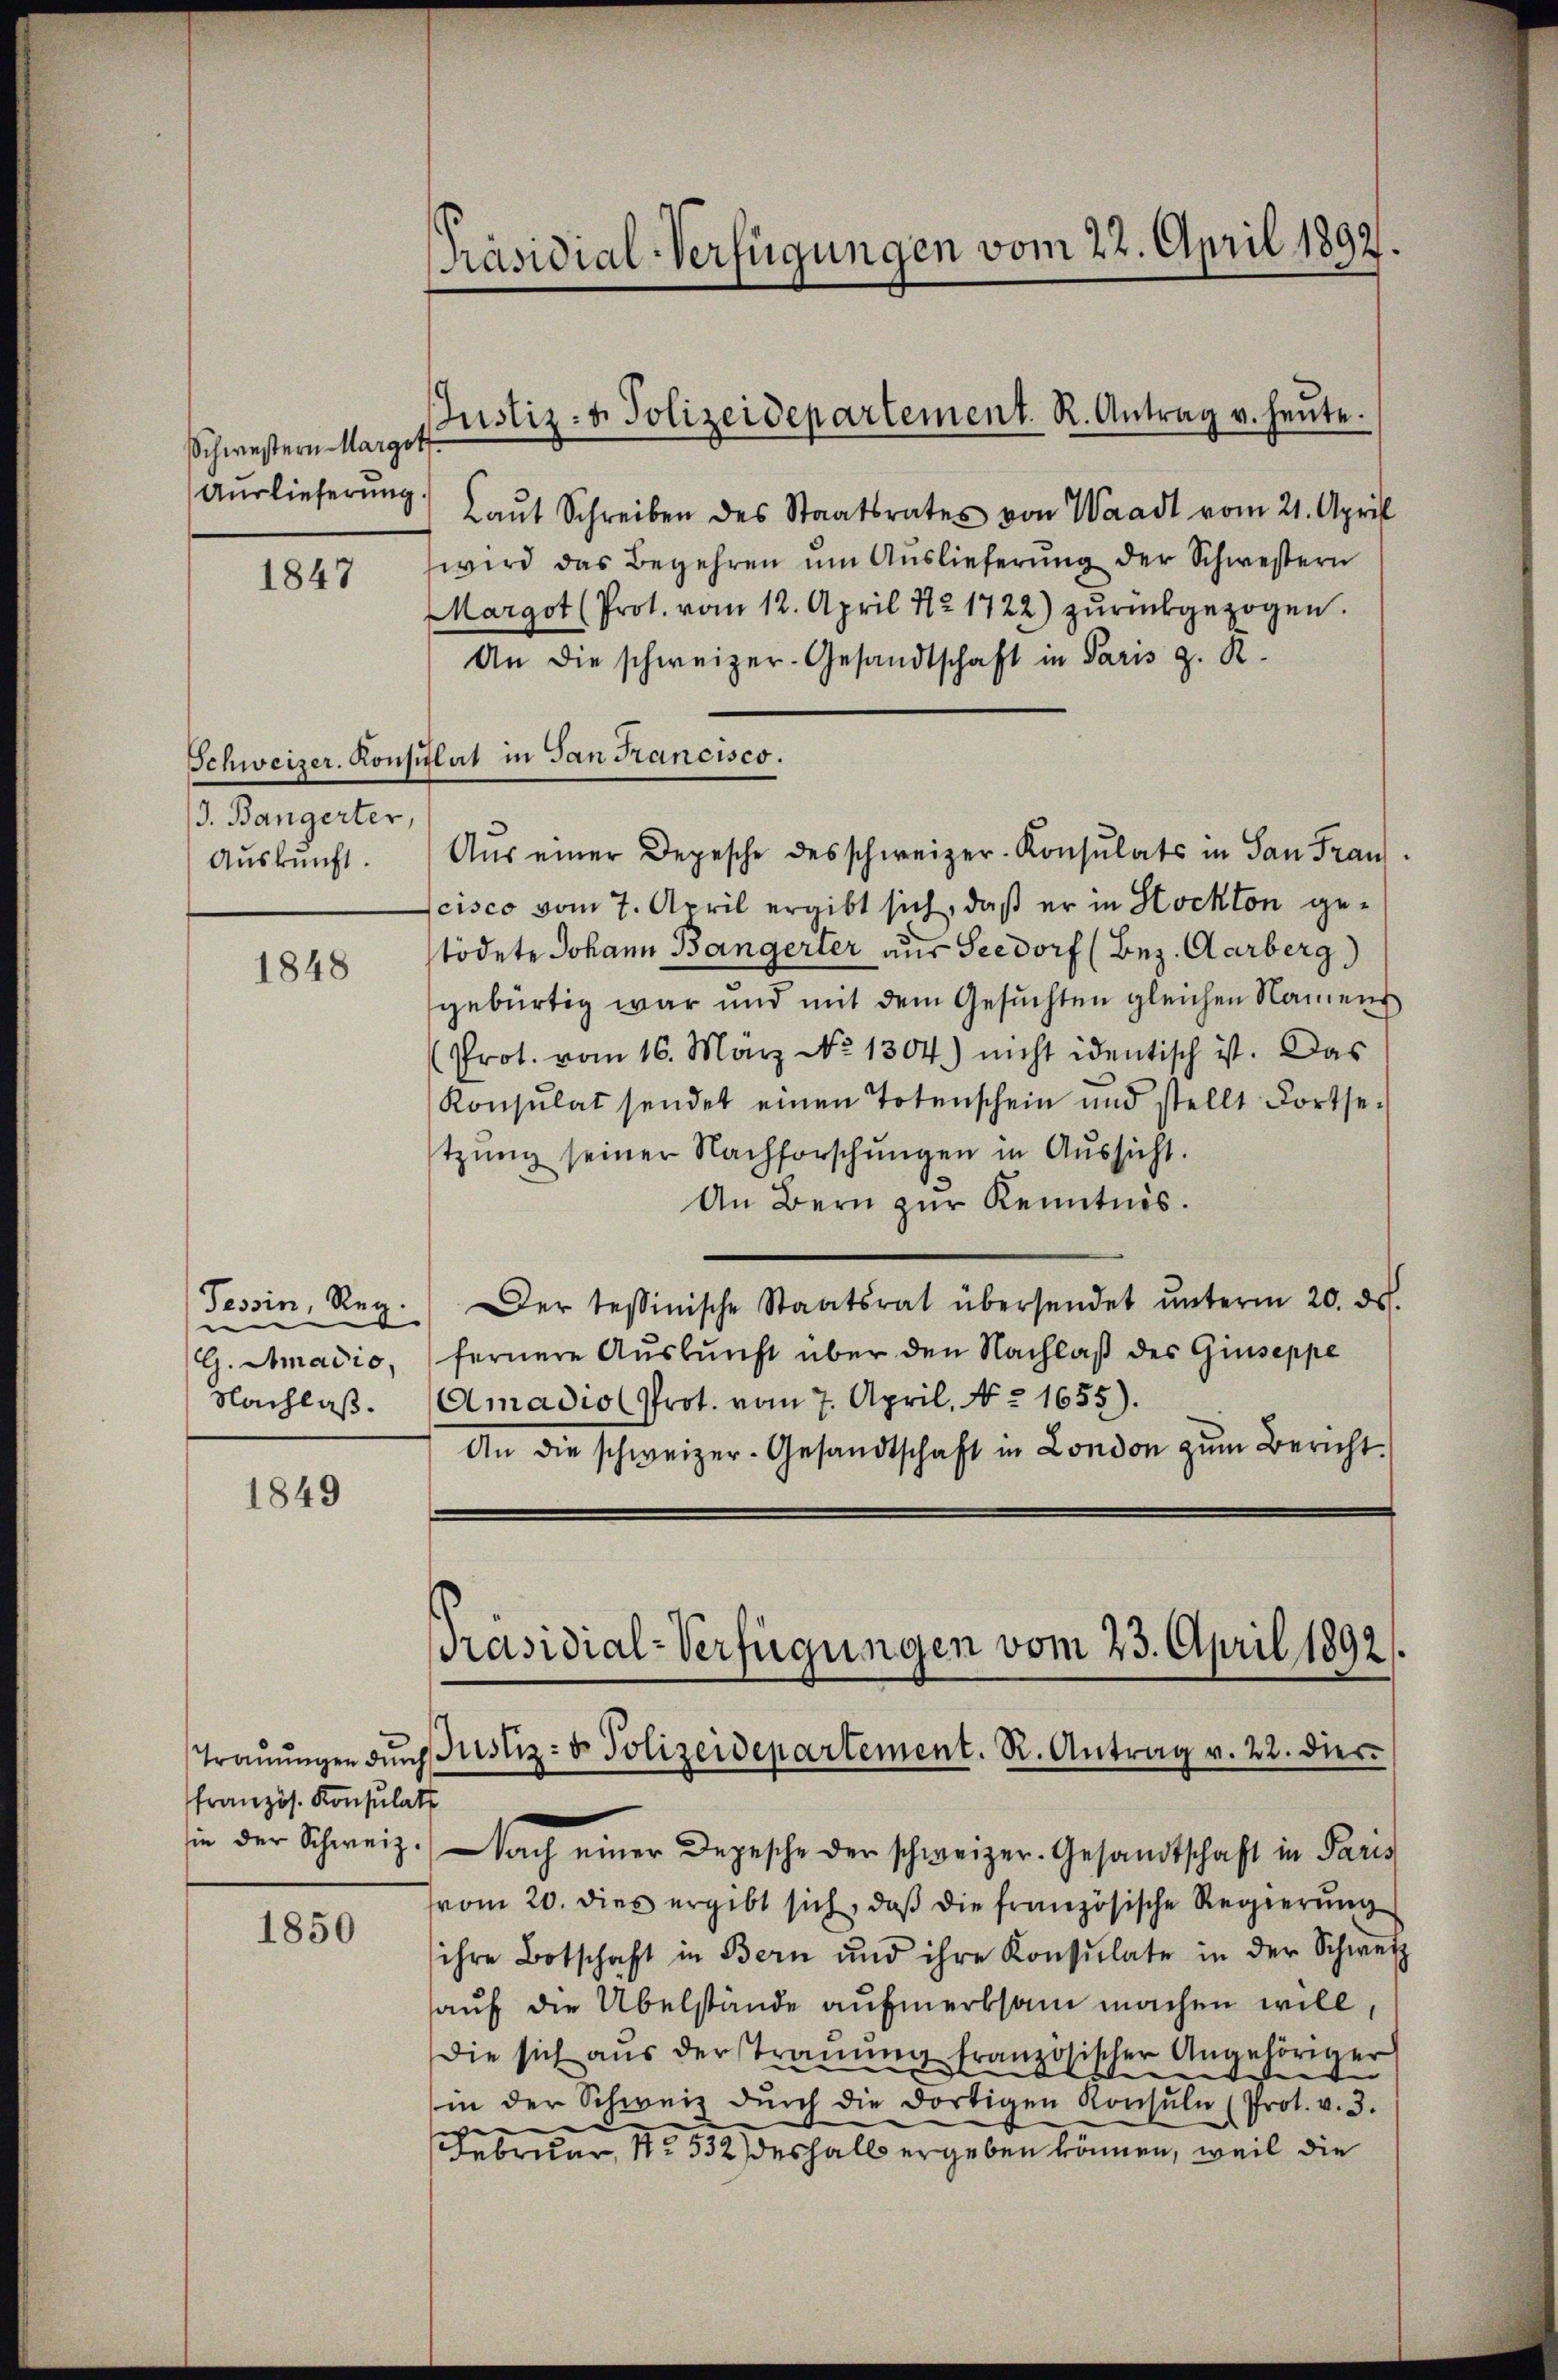
Schwestern Margot
Auslieferung

1847

Schweizer. Konsin
J. Bangerter,
Auskunft.

1848

Tessin, Reg.
e
G. Amadio,
Nachlaß.

1849

Trauungen durch
französ. Konsulats
sie der Schweiz.

1850

Präsidial-Verfügungen vom 22. April 1892.

Justiz- & Polizeidepartement. R. Antrag u. heŭte.

Laŭt Schreiben des Staatsrates von Waadt vom 21. April
wird das Begehren um Auslieferung der Schwestern
Margot (Prot. vom 12. April 12 1722) zŭrückgezogen.
An die schweizer-Gesandtschaft in Paris z. R.
lat in San Francisco.
Aus einer Depesche des schweizer-Konsulats in San Frau
cisco vom 7. April ergibt sich, daß er in Stockten gestödete Johann Bangerter aus Seedorf (Bez. Aarberg
gebürtig war und mit dem Gesuchten gleichen Namens
(Prot. vom 16. März No. 1304) nicht identisch ist. Das
Konsulat sendet einen Totenschein und stellt Fortse
tzŭng seiner Nachforschŭngen in Aŭssicht.
An Bern zur Kenntnis.
Der tessinische Staatsrat übersendet ŭnterm 20. ds.
fernere Auskunft über den Nachlaß des Giuseppe
Amadio (Prot. vom 7. April, No. 1655).
An die schweizer-Gesandtschaft in London zŭm Bericht.
Nach einer Depesche der schweizer. Gesandtschaft in Paris
vom 20. dies ergibt sich, daβ die französische Regierŭng
ihre Botschaft in Bern und ihre Konsulate in der Schweiz
auf die Übelstände aufmerksam machen will
die sich aus der Trauung französischer Angehöriger
in der Schweiz dŭrch die dortigen Konsuln (Prot. v. 3.
Februar, No. 532 deshalb ergeben können, weil die

Präsidial-Verfügungen vom 23. April 1892.
Justiz- & Polizeidepartement. R. Antrag v. 22. die